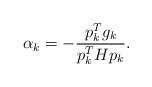
LaTeX: \begin{align*}\alpha_k=-\frac{p_k^Tg_k}{p_k^TH p_k}.\end{align*}